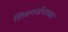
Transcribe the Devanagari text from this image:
शिवगर्जनाच्या